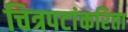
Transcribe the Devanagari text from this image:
चित्रपटांकरिता